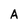
Character: A